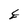
Character: E